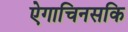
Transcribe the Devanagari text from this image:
ऐगाचिनसकि